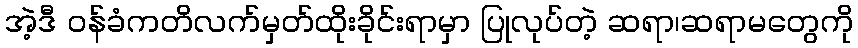
အဲ့ဒီ ဝန်ခံကတိလက်မှတ်ထိုးခိုင်းရာမှာ ပြုလုပ်တဲ့ ဆရာ၊ဆရာမတွေကို